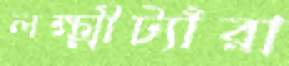
লক্ষ্মীট্যাঁরা